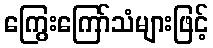
ကြွေးကြော်သံများဖြင့်